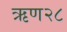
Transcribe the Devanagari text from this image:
ऋण२८